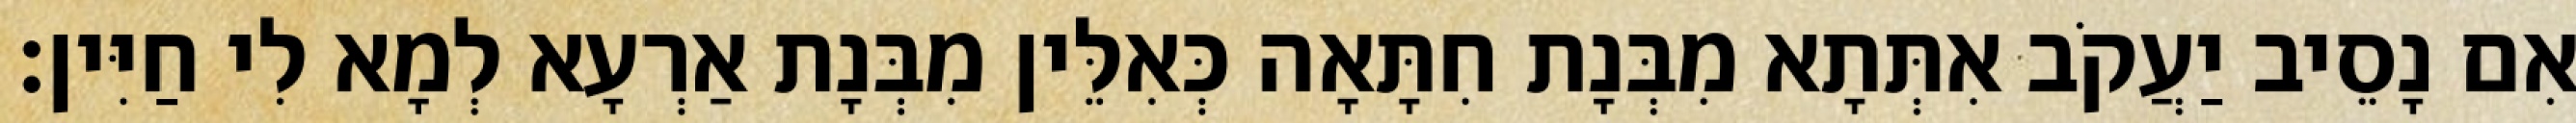
אִם נָסֵיב יַעֲקֹב אִתְּתָא מִבְּנָת חִתָּאָה כְּאִלֵּין מִבְּנָת אַרְעָא לְמָא לִי חַיִּין׃